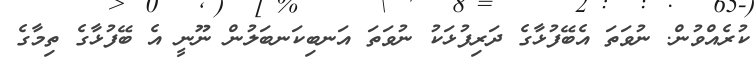
ކުރެއްވުން. ނުވަތަ އެބޭފުޅާގެ ދަރިފުޅަކު ނުވަތަ އަނބިކަނބަލުން ނޫނީ އެ ބޭފުޅާގެ ތިމާގެ